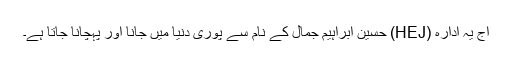
آج یہ ادارہ (HEJ) حسین ابراہیم جمال کے نام سے پوری دنیا میں جانا اور پہچانا جاتا ہے۔